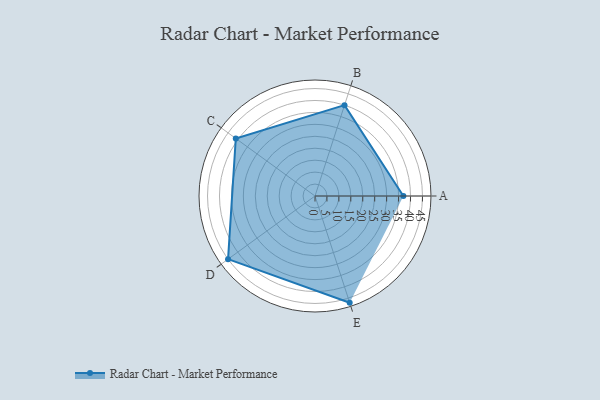
{"axis": {"x": "Skill", "y": "Score"}, "legend": ["Profile"], "data": [{"x": "A", "y": 37.0, "type": "Profile"}, {"x": "B", "y": 40.0, "type": "Profile"}, {"x": "C", "y": 41.0, "type": "Profile"}, {"x": "D", "y": 45.0, "type": "Profile"}, {"x": "E", "y": 47.0, "type": "Profile"}]}